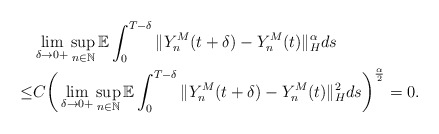
\begin{align*}& \lim_{\delta\rightarrow 0+} \sup_{n\in\mathbb{N}} \mathbb{E} \int_0^{T-\delta} \Vert Y_n^M (t+\delta) - Y_n^M (t) \Vert_{H}^{\alpha} ds \\\leq & C \bigg( \lim_{\delta\rightarrow 0+} \sup_{n\in\mathbb{N}} \mathbb{E} \int_0^{T-\delta} \Vert Y_n^M (t+\delta) - Y_n^M (t) \Vert_{H}^{2} ds \bigg)^{\frac{\alpha}{2}} = 0.\end{align*}